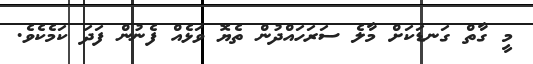
މީ ގާތް ގަނޑަކަށް މާލެ ސަރަހައްދުން ތެޔޮ ވަޅެއް ފެނުން ފަދަ ކަމެކެވެ.